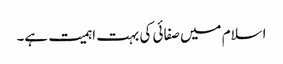
اسلام میں صفائی کی بہت اہمیت ہے۔